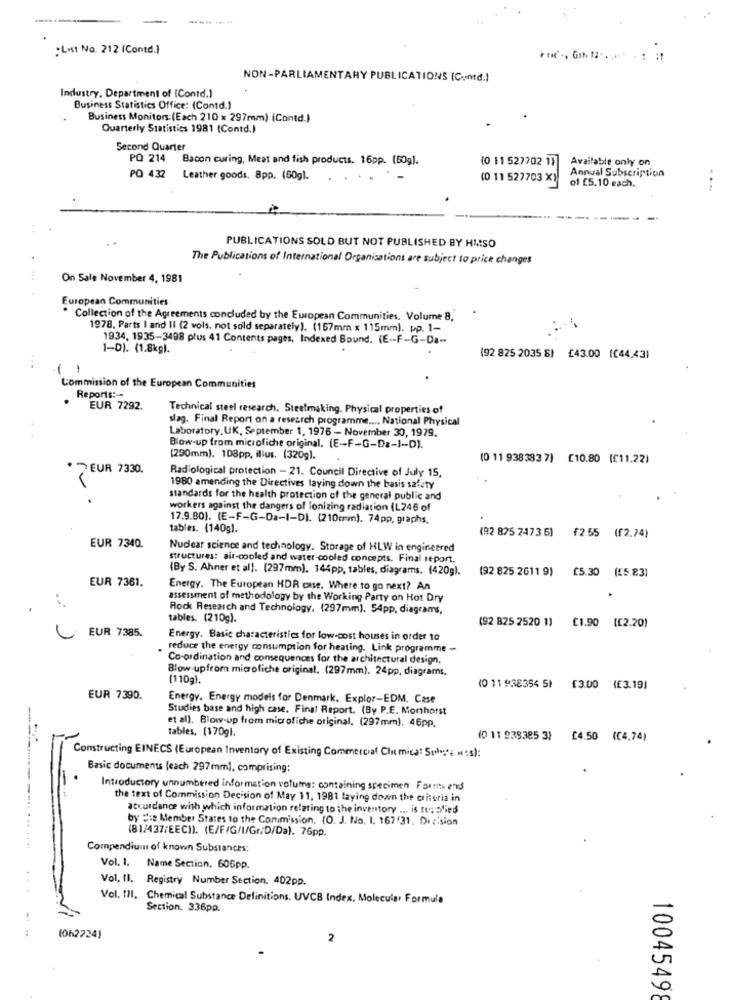
-
:List No. 212 (Contd.]
Fric ., GIN 12. . . .. . . :
NON-PARLIAMENTARY PUBLICATIONS (C.ntd.)
Industry, Department of (Contd.)
Business Statistics Office: (Contd.)
Business Monitors:(Each 210 x 297mm) (Contd.)
Quarterly Statistics 1981 (Contd.)
Second Quarter
PQ 214
Bacon curing, Meat and fish products. 16pp. (50g).
(0 11 527702 11
Available only on
Annual Subscription
PO 432
Leather goods. 8pp. (60g).
(0 11 527703 X)
of £5.10 each.
..
PUBLICATIONS SOLD BUT NOT PUBLISHED BY HAISO
The Publications of International Organisations are subject to price changes
On Sale November 4, 1981
European Communities
. Collection of the Agreements concluded by the European Communities. Volume 8,
1978, Parts I and II (2 vols. not sold separately). (157mm x 115mm). pp. 1-
1934, 1935-3498 plus 41 Contents pages. Indexed Bound. (E -- F-G-Da-
1-D). (1.8kg).
(92 825 2035 6) £43.00 (£44.43)
Commission of the European Communities
Reports :-
.
EUR 7292.
Technical steel research. Steelmaking. Physical properties of
slag. Final Report on a research programme .... National Physical
Laboratory, UK, September 1, 1976 - November 30, 1979.
Blow-up trom microfiche original. (E-F-G-Da-1 -- D).
(290mm). 108pp, ilius. (320g).
(0 11 938383 7) [10.80 (£11.22)
7 EUR 7330.
Radiological protection - 21. Council Directive of July 15,
1980 amending the Directives laying down the basis safety
standards for the health protection of the general public and
workers against the dangers of ionizing radiation (L246 of
17.9.80). (E-F-G-Da-I-DI. (210mm). 74pp, graphs,
tables. (140g).
(92 825 2473 6) {2.55 (f2.74)
EUR 7340.
Nudear science and technology. Storage of HLW in engineered
structures: air-cooled and water cooled concepts. Final report.
(By S. Ahner et al). (297mm). 144pp, tables, diagrams. (420g).
(92 825 2611 9)
£5.30 (£5.83]
EUR 7361.
Energy. The European HDR cause. Where to go next? An
assessment of methodology by the Working Party on Hot Dry
Rock Research and Technology. (297mm). 54pp, diagrams,
tables. (210g).
(92 825 2520 1)
€1.90 (£2.20)
EUR 7385.
Energy. Basic characteristics for low-cost houses in order to
reduce the energy consumption for heating. Link programme -
Co-ordination and consequences for the architectural design,
Blow-upfrom microfiche original. (297mm). 24pp, diagrams.
(110g).
(0 11 938354 51 [3.00 (£3.19)
EUR 7390.
Energy. Energy models for Denmark. Explor-EDM. Case
Studies base and high case. Final Report. (By P.E. Morthorst
et al). Blow-up from microfiche original. (297mm), 46pp.
tables, (170g).
(0 11 939385 3)
£4.50 (£4,74)
Constructing EINECS (European Inventory of Existing Commercial Chimica: St& #:s):
Basic documents (each 297mm], comprising:
Introductory unnumbered information volume: containing specimen Formers
the text of Commission Decision of May 11, 1981 laying down the criteria in
atuurdance with which information relating to the inventory ... is supplied
by sie Member States to the Commission. (O. J. No. 1. 167'31. Derision
(81/437/EEC)). (E/F/G/I/Gr/D/Da). 76pp.
Compendium of known Substances:
Vol. 1. Name Section, 606pp.
Vol. II. Registry Number Section, 402pp.
Vol. 171. Chemical Substance Definitions. UVCB Index. Molecular Formula
Section. 336pp.
(062724)
2
1004549